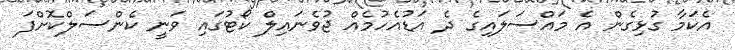
އެކަމާ ގުޅިގެން އެ މައްސަލައިގެ ދެ އަޑުއެހުމެއް ޖުވެނައިލް ކޯޓުގައި ވަނީ ކެންސަލްކޮށްފަ